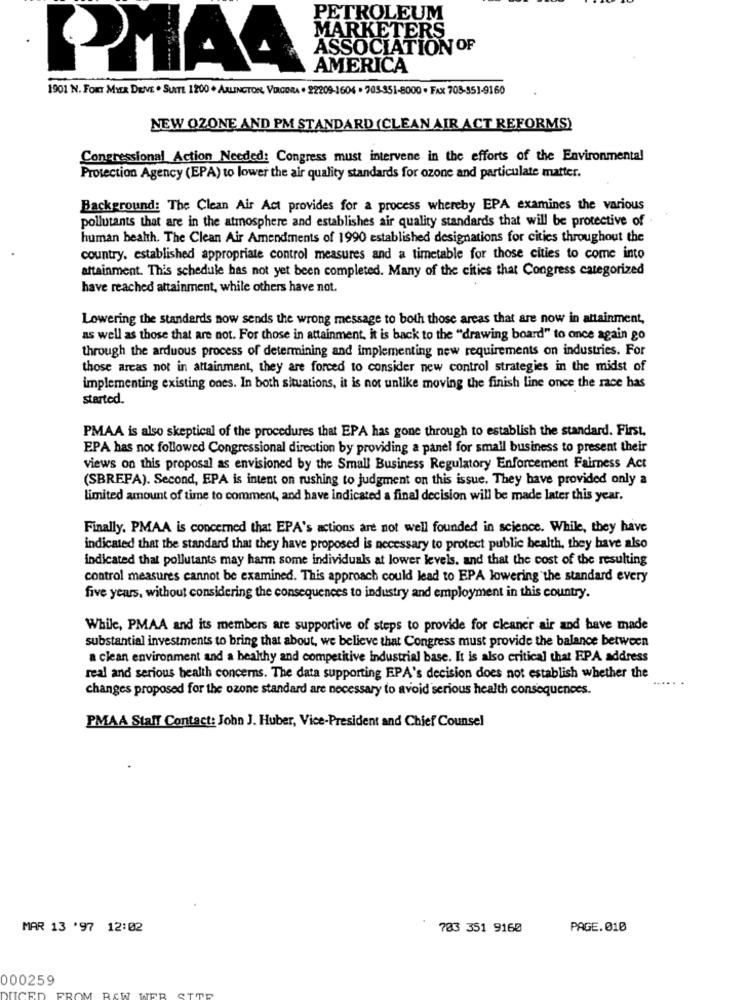
PETROLEUM
MARKETERS
ASSOCIATION OF
AMERICA
1901 N. FORT MEER DRIVE · SUITE 1200 · ARLINGTON, VIRGINIA · 22209-3604 . 703-351-8000 - FAX 703-351-9160
NEW OZONE AND PM STANDARD (CLEAN AIR ACT REFORMS)
Congressional Action Needed: Congress must intervene in the efforts of the Environmental
Protection Agency (EPA) to lower the air quality standards for ozone and particulate matter.
Background: The Clean Air Act provides for a process whereby EPA examines the various
pollutants that are in the atmosphere and establishes air quality standards that will be protective of
human health. The Clean Air Amendments of 1990 established designations for cities throughout the
country, established appropriate control measures and a timetable for those cities to come into
attainment. This schedule has not yet been completed. Many of the cities that Congress categorized
have reached attainment, while others have not.
Lowering the standards now sends the wrong message to both those areas that are now in attainment,
as well as those that are not. For those in attainment, it is back to the "drawing board" to once again go
through the arduous process of determining and implementing new requirements on industries. For
those areas not in attainment, they are forced to consider new control strategies in the midst of
implementing existing ones. In both situations, it is not unlike moving the finish line once the race has
started.
PMAA is also skeptical of the procedures that EPA has gone through to establish the standard. First.
EPA has not followed Congressional direction by providing a panel for small business to present their
views on this proposal as envisioned by the Small Business Regulatory Enforcement Fairness Act
(SBREPA). Second, EPA is intent on rushing to judgment on this issue. They have provided only a
Limited amount of time to comment, and have indicated a final decision will be made later this year.
Finally. PMAA is concerned that EPA's actions are not well founded in science. While, they have
indicated that the standard that they have proposed is necessary to protect public health, they have also
indicated that pollutants may harm some individuals at lower levels, and that the cost of the resulting
control measures cannot be examined. This approach could lead to EPA lowering the standard every
five years, without considering the consequences to industry and employment in this country.
While, PMAA and its members are supportive of steps to provide for cleaner air and have made
substantial investments to bring that about, we believe that Congress must provide the balance between
a clean environment and a healthy and competitive industrial base. It is also critical that EPA address
real and serious health concerns. The data supporting EPA's decision does not establish whether the
changes proposed for the ozone standard are necessary to avoid serious health consequences.
PMAA Staff Contact: John J. Huber, Vice-President and Chief Counsel
MAR 13 '97 12:02
703 351 9160
PAGE. 010
000259